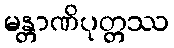
မန္တာဏိပုတ္တဿ